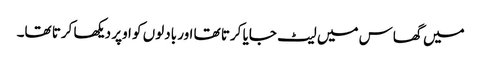
میں گھاس میں لیٹ جایا کرتا تھا اور بادلوں کو اوپر دیکھا کرتا تھا۔